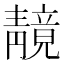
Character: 𫕼